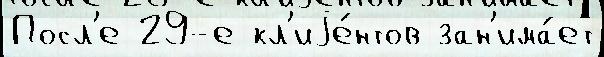
Посл'е 29-е кл'иjе́нтов зан'има́ет